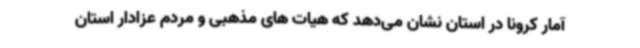
آمار کرونا در استان نشان می‌دهد که هیات های مذهبی و مردم عزادار استان